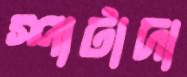
স্পাটাদা